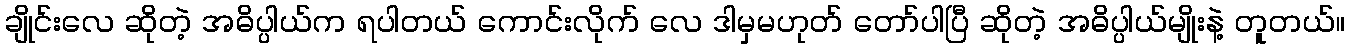
ချိုင်းလေ ဆိုတဲ့ အဓိပ္ပါယ်က ရပါတယ် ကောင်းလိုက် လေ ဒါမှမဟုတ် တော်ပါပြီ ဆိုတဲ့ အဓိပ္ပါယ်မျိုးနဲ့ တူတယ်။